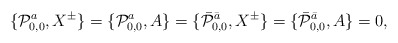
\begin{align*}\{ {\cal P}^a_{0,0} , X^{\pm} \} = \{ {\cal P}^a_{0,0}, A \} = \{ \bar{{\cal P}}^{\bar a}_{0,0}, X^{\pm}\} =\{ \bar{{\cal P}}^{\bar a}_{0,0}, A\} = 0,\end{align*}